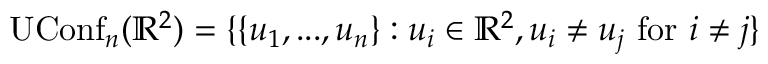
\operatorname { U C o n f } _ { n } ( \mathbb { R } ^ { 2 } ) = \{ \{ u _ { 1 } , . . . , u _ { n } \} : u _ { i } \in \mathbb { R } ^ { 2 } , u _ { i } \neq u _ { j } { \mathrm { ~ f o r ~ } } i \neq j \}